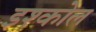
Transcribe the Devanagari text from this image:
इश्कोल